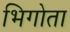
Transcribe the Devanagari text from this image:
भिगोता